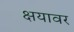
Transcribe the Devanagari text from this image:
क्षयावर